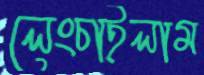
লেংচাইলাম